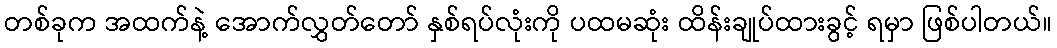
တစ်ခုက အထက်နဲ့ အောက်လွှတ်တော် နှစ်ရပ်လုံးကို ပထမဆုံး ထိန်းချုပ်ထားခွင့် ရမှာ ဖြစ်ပါတယ်။